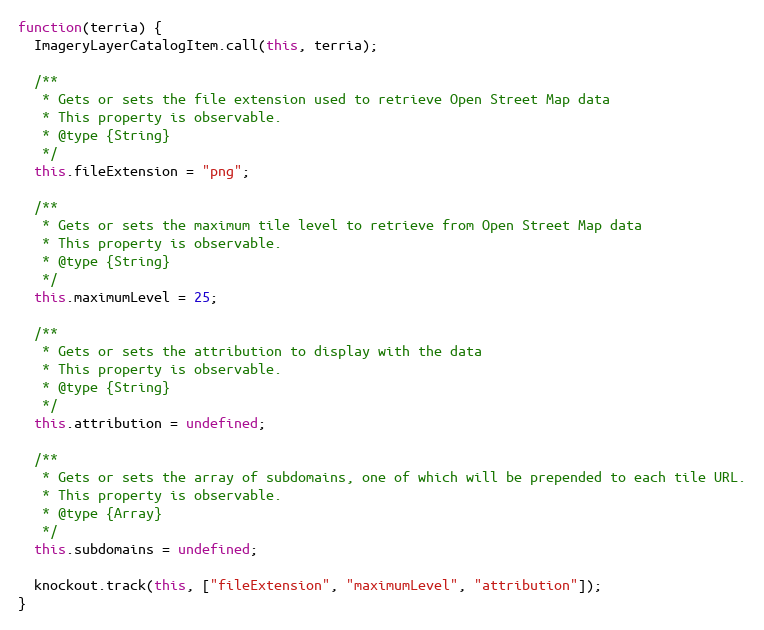
Language: JavaScript
function(terria) {
  ImageryLayerCatalogItem.call(this, terria);

  /**
   * Gets or sets the file extension used to retrieve Open Street Map data
   * This property is observable.
   * @type {String}
   */
  this.fileExtension = "png";

  /**
   * Gets or sets the maximum tile level to retrieve from Open Street Map data
   * This property is observable.
   * @type {String}
   */
  this.maximumLevel = 25;

  /**
   * Gets or sets the attribution to display with the data
   * This property is observable.
   * @type {String}
   */
  this.attribution = undefined;

  /**
   * Gets or sets the array of subdomains, one of which will be prepended to each tile URL.
   * This property is observable.
   * @type {Array}
   */
  this.subdomains = undefined;

  knockout.track(this, ["fileExtension", "maximumLevel", "attribution"]);
}